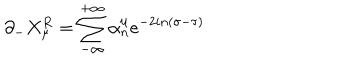
\partial _ { - } X _ { \mu } ^ { R } = \sum _ { - \infty } ^ { + \infty } \alpha _ { n } ^ { \mu } e ^ { - 2 i n ( \sigma - \tau ) }